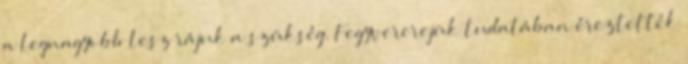
a legnagyobb lesz rájuk a szükség. Fegyvererejük tudatában éreztették